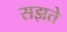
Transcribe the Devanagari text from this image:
सझते